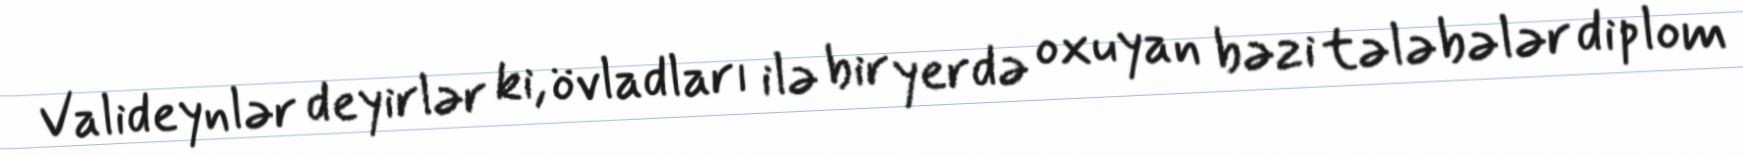
Valideynlər deyirlər ki, övladları ilə bir yerdə oxuyan bəzi tələbələr diplom